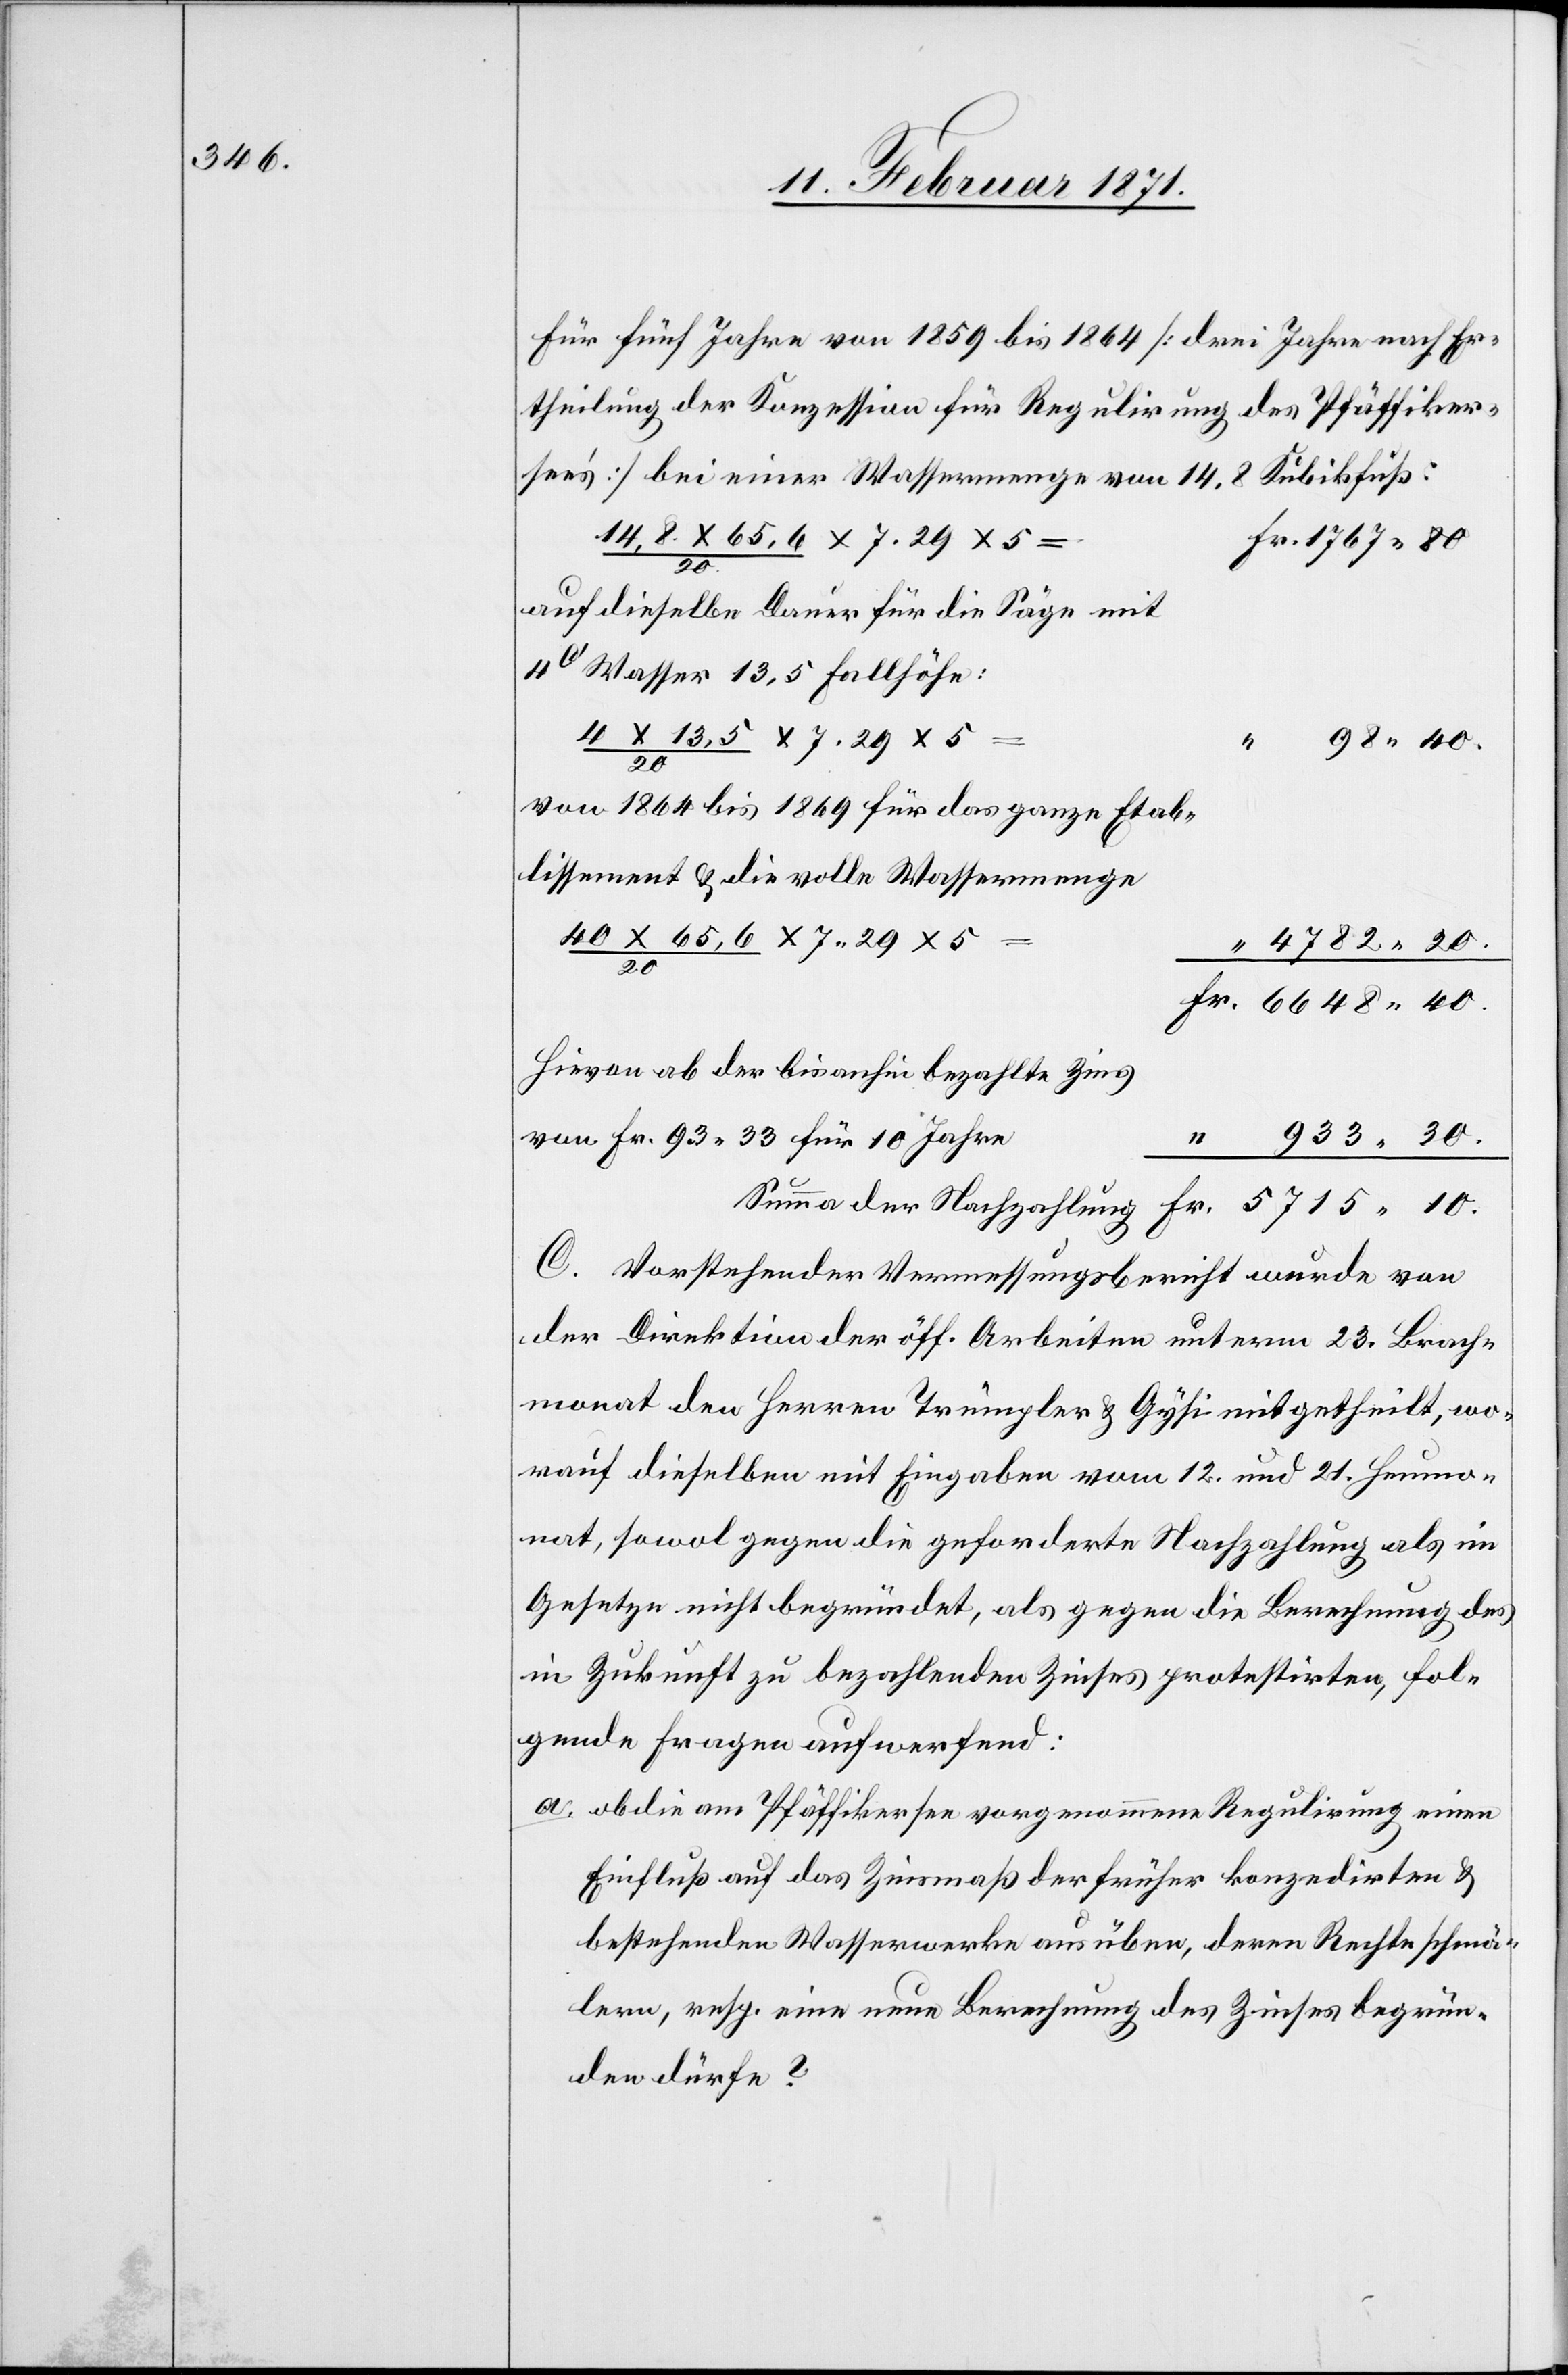
für fünf Jahre von 1859 bis 1864 [drei Jahre nach Er¬
theilung der Konzession für Regulirung des Pfäffiker¬
see’s] bei einer Wassermenge von 14,8 Kubikfuß:
auf dieselbe Dauer für die Säge mit
4c‘ Wasser 13,5 Fallhöhe:
a.
7.29
Von 1864 bis 1869 für das ganze Etab-
lissement u. die volle Wassermenge
4782.20.
Hievon ab der bis anhin bezahlte Zins
von Fr. 93.33 für 10 Jahre
Fr.
933.30.
Summe der Nachzahlung
C. Vorstehender Vermessungsbericht wurde von
der Direktion der öff. Arbeiten unterm 23. Brach¬
monat den Herren Trümpler u. Gysi mitgetheilt, wo¬
rauf dieselben mit Eingaben vom 12. und 21. Heumo¬
nat, sowol gegen die geforderte Nachzahlung als im
Gesetzte nicht begründet, als gegen die Berechnung des
in Zukunft zu bezahlenden Zinses protestirten, fol¬
gende Fragen aufwerfend:
ob die am Pfäffikersee vorgenommene Regulirung einen
Einfluß auf das Zinsmaß der früher konzedirten u.
bestehenden Wasserwerke ausüben, deren Rechte schmä¬
lern, resp. eine neue Berechnung des Zinses begrün¬
den dürfe?